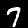
Digit: 7